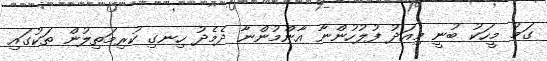
ގަމު މީހަކު ބުނީ މިއަދު ފުލުހުންނާ އާންމުންނާ ދެމެދު ހިނގި ކުރިމަތިލުން ތަކުގައި